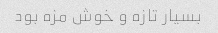
بسیار تازه و خوش مزه بود